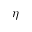
\eta